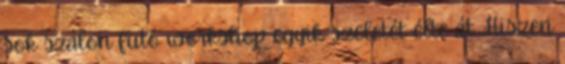
sok szálon futó workshop egyik szeletét élte át. Hiszen